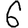
Digit: 6